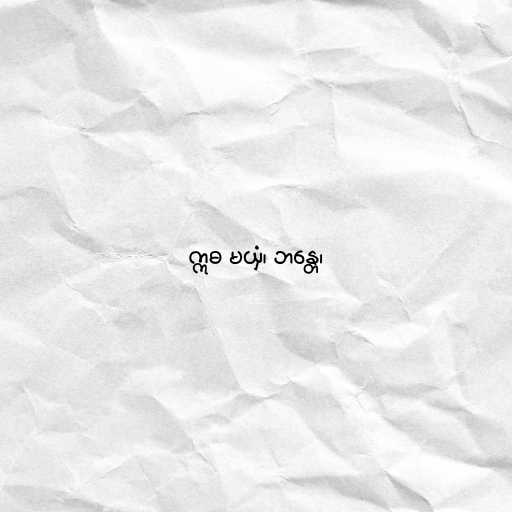
ဣဓ မယှံ၊ ဘန္တေ၊